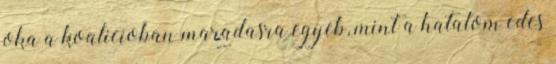
oka a koalicioban maradasra egyeb, mint a hatalom edes